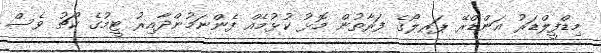
މިޑްފީލްޑަރު އަންޑްރޭ ޕަރލޯގެ ފަރާތުން މޮޅު ކުޅުމެއް ފެންނަމުންދާއިރު ޓީމުގެ ކޯޗު ވެސް